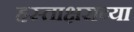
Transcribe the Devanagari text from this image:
हस्ताक्षराच्या